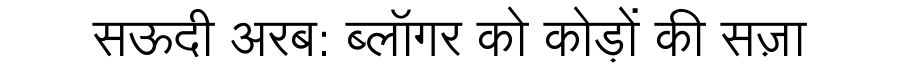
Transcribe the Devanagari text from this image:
सऊदी अरब: ब्लॉगर को कोड़ों की सज़ा